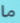
ما